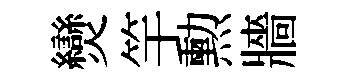
𤓖竿勲牆